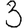
Digit: 3